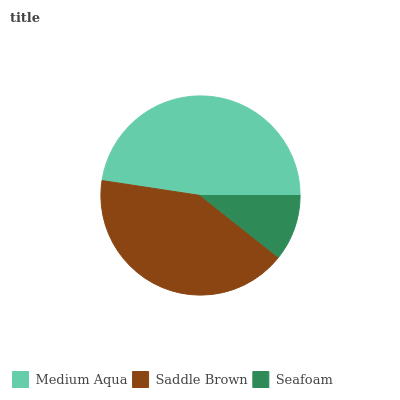
| Medium Aqua | Saddle Brown | Seafoam |
 | --- | --- | --- |
 | 47.6% | 41.7% | 10.7% |